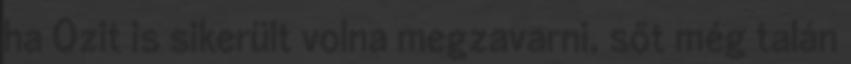
ha Ozit is sikerült volna megzavarni, sőt még talán